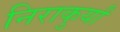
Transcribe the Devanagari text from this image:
निराकुर्यां